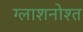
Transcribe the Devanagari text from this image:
ग्लाशनोश्त